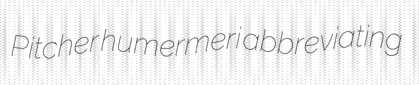
Pitcher humermeri abbreviating